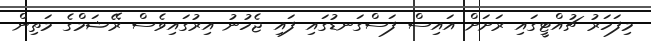
މިފަހަރު ޗުއްޓީގައި ރަށަށް އައިސް ފަސްގަނޑުގައި ފައި ޖެހުނު އިރުގައިވެސް ރޭޝަމްގެ މަތިން